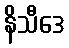
နိသီဒေ